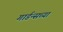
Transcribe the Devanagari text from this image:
गार्डन्सच्या